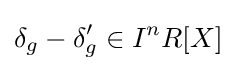
\delta _{g}-\delta '_{g}\in I^{n}R[X]